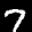
Label: 7